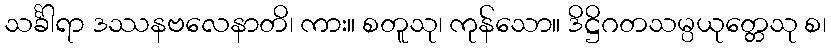
သင်္ခါရာ ဒဿနဗလေနာတိ၊ ကား။ စတူသု၊ ကုန်သော။ ဒိဋ္ဌိဂတသမ္ပယုတ္တေသု စ၊